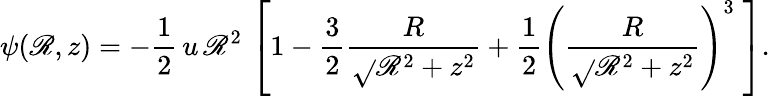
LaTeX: \psi(\mathscr{R},z)=-{\frac{{1}}{{2}}}\, u\, \mathscr{R}^{2}\, \left[1-{\frac{{3}}{{2}}}{\frac{{R}}{{\sqrt{}{{\mathscr{R}^{2}+z^{2}}}}}}+{\frac{{1}}{{2}}}\left({\frac{{R}}{{\sqrt{}{{\mathscr{R}^{2}+z^{2}}}}}}\right)^{3}\; \right].